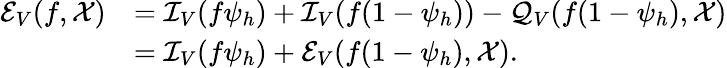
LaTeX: \begin{array}{rl}{\mathcal{E}_{V}(f,\mathcal{X})}&{=\mathcal{I}_{V}(f\psi_{h})+\mathcal{I}_{V}(f(1-\psi_{h}))-\mathcal{Q}_{V}(f(1-\psi_{h}),\mathcal{X})}\\ &{=\mathcal{I}_{V}(f\psi_{h})+\mathcal{E}_{V}(f(1-\psi_{h}),\mathcal{X}).}\end{array}